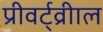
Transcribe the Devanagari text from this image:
प्रीवर्ट्व्रीाल